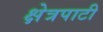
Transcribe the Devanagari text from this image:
क्षेत्रपाटी